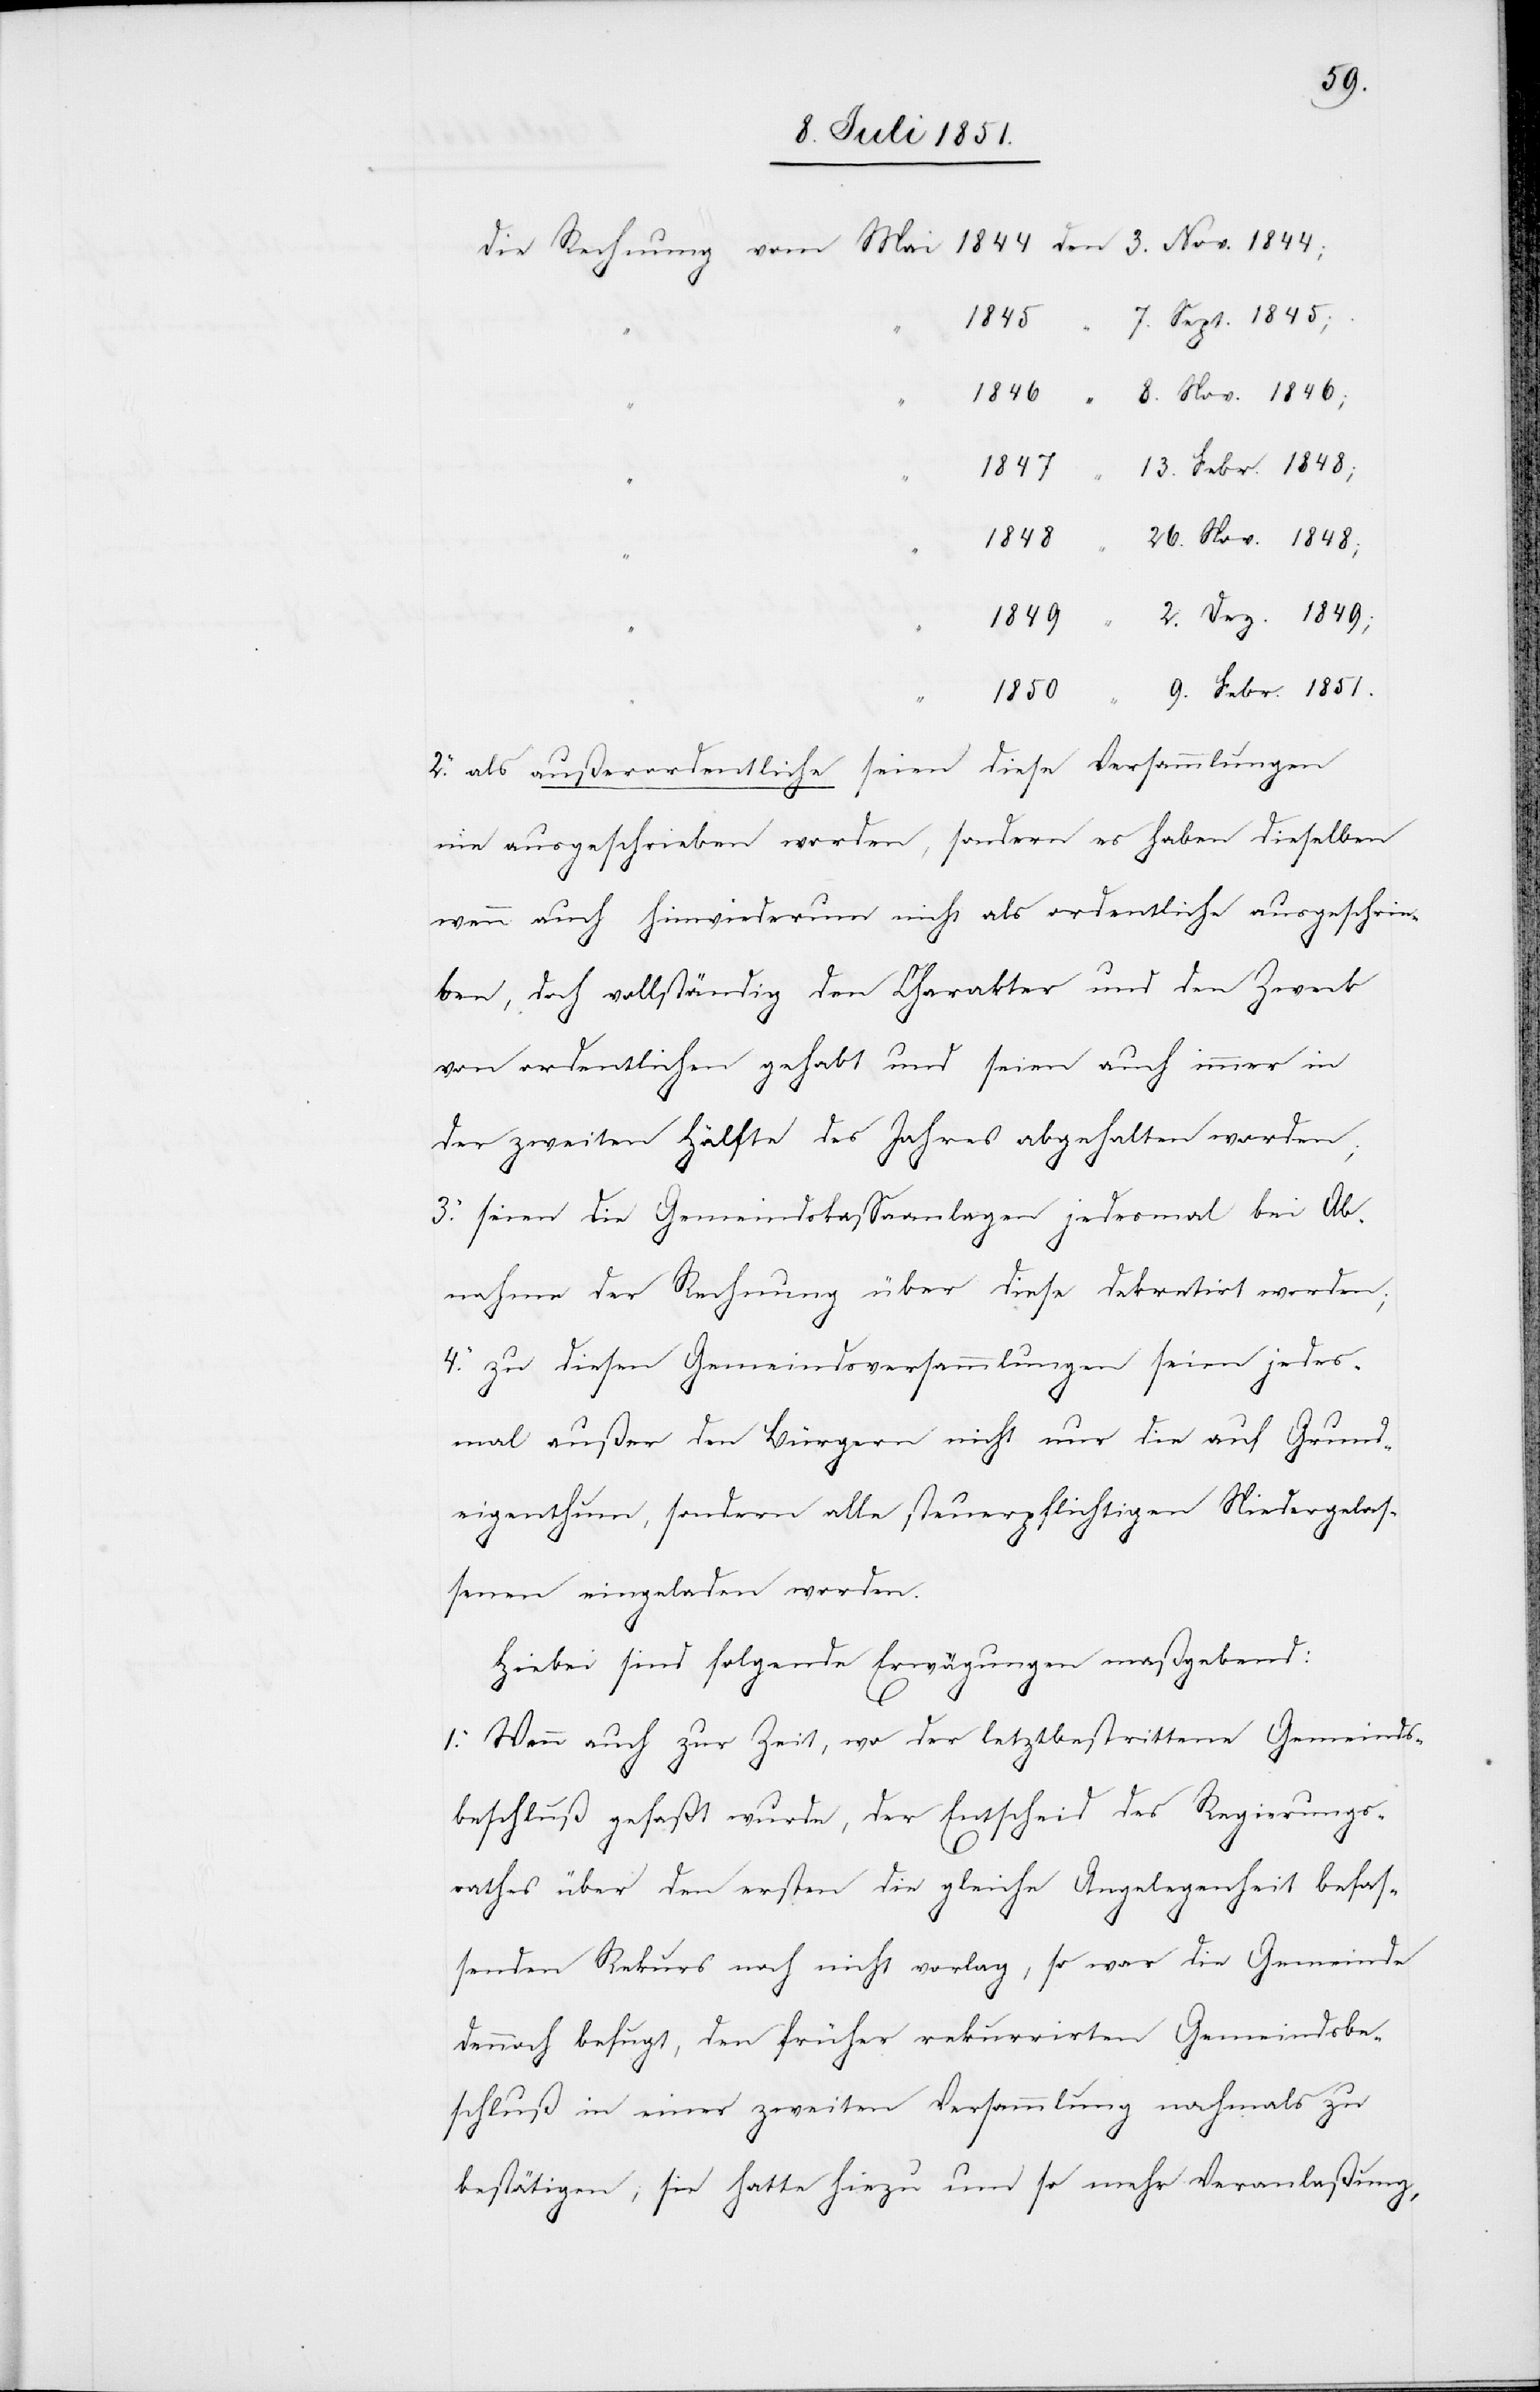
9. Febr. 1851.
7. Sept. 1845;
13. Febr. 1848;
26. Nov. 1848;
2. Dez. 1849;
2. als außerordentliche seien diese Versammlungen
nie ausgeschrieben worden, sondern es haben dieselben
wenn auch hinwiederum nicht als ordentliche ausgeschrie¬
ben, doch vollständig den Charakter und den Zweck
von ordentlichen gehabt und seien auch immer in
der zweiten Hälfte des Jahres abgehalten worden;
3. seien die Gemeindskassaanlagen jedesmal bei Ab¬
nahme der Rechnung über diese dekretirt worden;
4. zu diesen Gemeindsversammlungen seien jedes¬
mal außer den Bürgern nicht nur die auf Grund¬
eigenthum, sondern alle steuerpflichtigen Niedergelas¬
senen eingeladen worden.
Hiebei sind folgende Erwägungen maßgebend:
1. Wenn auch zur Zeit, wo der letztbestrittene Gemeinds¬
beschluß gefaßt wurde, der Entscheid des Regierungs¬
rathes über den ersten die gleiche Angelegenheit befas¬
senden Rekurs noch nicht vorlag, so war die Gemeinde
dennoch befugt, den früher rekurrirten Gemeindsbe¬
schluß in einer zweiten Versammlung nochmals zu
bestätigen; sie hatte hiezu um so mehr Veranlaßung,